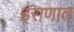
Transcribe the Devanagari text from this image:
इराणात